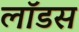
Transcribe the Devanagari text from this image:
लॉडस